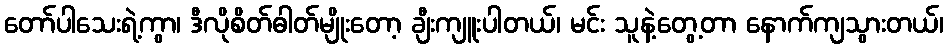
တော်ပါသေးရဲ့ကွာ၊ ဒီလိုစိတ်ဓါတ်မျိုးတော့ ချီးကျူးပါတယ်၊ မင်း သူနဲ့တွေ့တာ နောက်ကျသွားတယ်၊